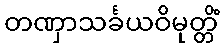
တဏှာသင်္ခယဝိမုတ္တိံ